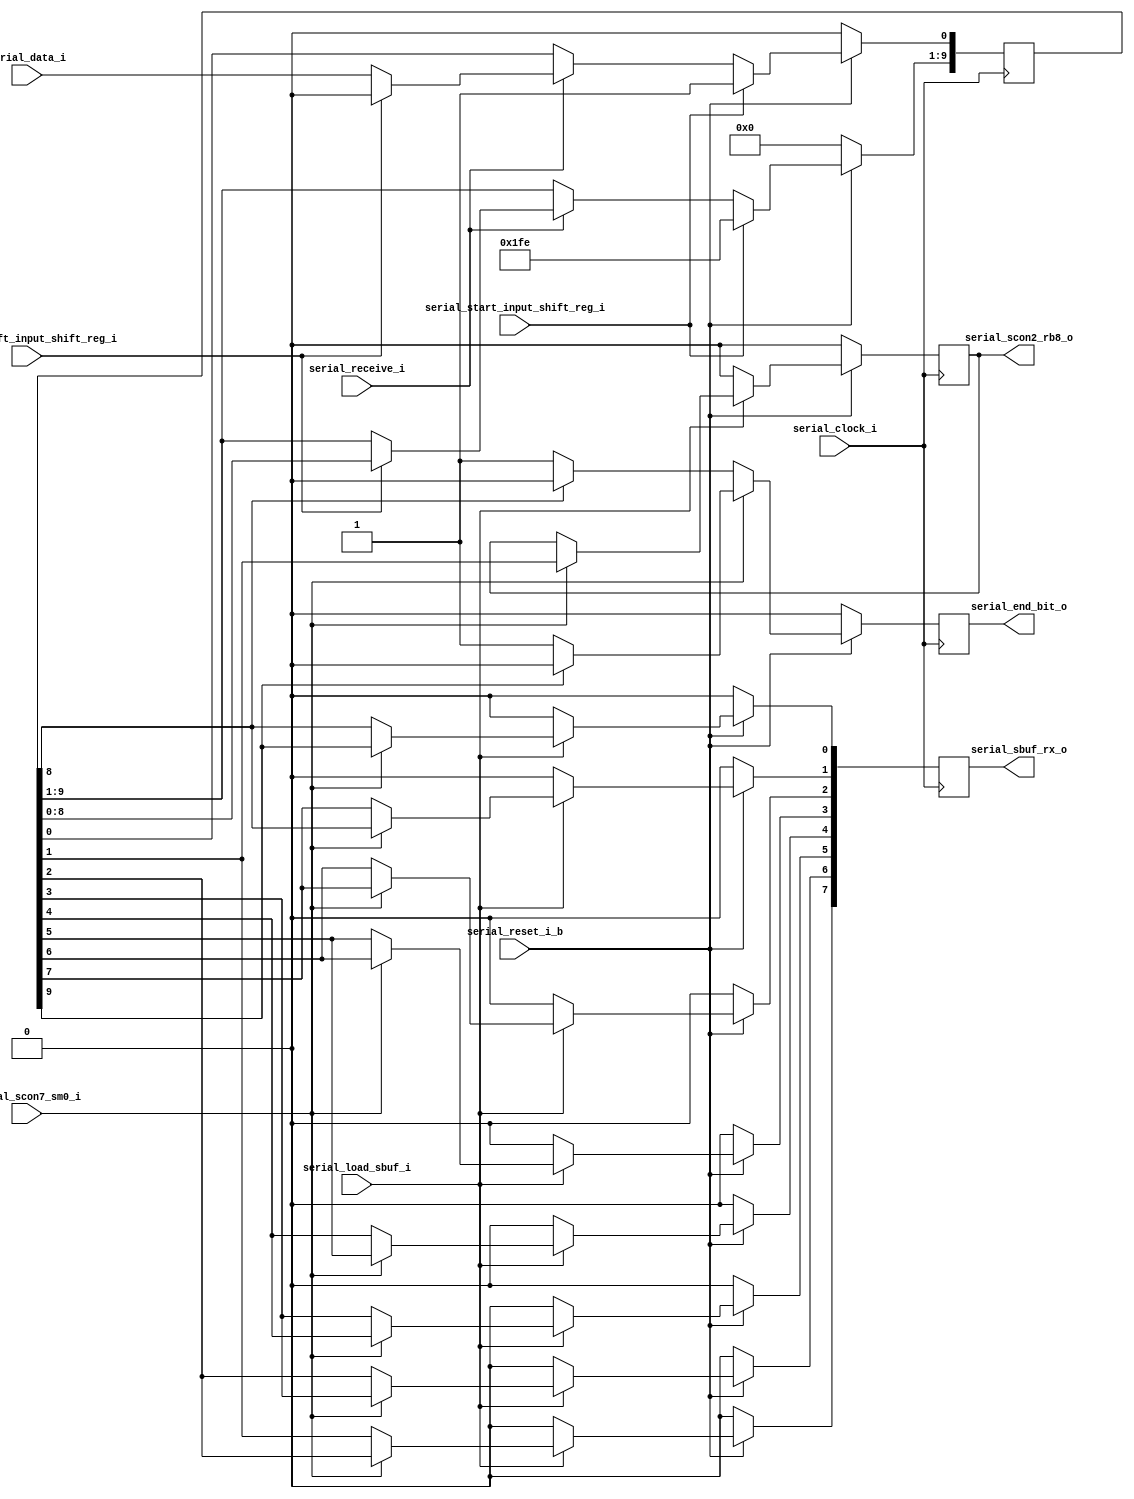
// -------------------------------------------------------------------
// CI Brasil - CT2 Campinas
// Phase II Project
// EMC08 - 8 Bit Microcontroller for Automotive Engine Application
// -------------------------------------------------------------------
// Module Name: serial
// -------------------------------------------------------------------
// Release History
// Version Date Description
// 1.0 23/08/2010 Initial version
// 2.0 08/09/2010 Bugs to generate the rigth output fixed
// 2.1 10/09/2010 Standard signals names
// 2.2 06/12/2010 Logic added to invert the bits received to be the same transmitted
// -------------------------------------------------------------------
// Description
// Implements the RX serial input shifter register that shift the re-
// ceived data and according to the baud rate shift it and store in a 
// internal register, and after writes it in the SBUF register.
// -------------------------------------------------------------------


module serial_rx_input_shifter_reg (
                                    serial_clock_i,
                                    serial_reset_i_b,
                                    serial_load_sbuf_i,
				    serial_data_i,
				    serial_scon7_sm0_i,
                                    serial_start_input_shift_reg_i,
                                    serial_shift_input_shift_reg_i,
                                    serial_receive_i,
                                    
                                    serial_sbuf_rx_o,
                                    serial_end_bit_o,
                                    serial_scon2_rb8_o
                                    ); 

////////////////////// Inputs and Outputs /////////////////////////////////////
input serial_clock_i;	              // main serial_clock_i
input serial_reset_i_b;                  // main serial_reset_i_b
input serial_load_sbuf_i;              // rx_control avisa q dado pode ser escrito no sbuf
input serial_start_input_shift_reg_i;  // sinal que starta o shifter register com 1FF or 1FE 
input serial_shift_input_shift_reg_i;  // shift para controlar o input shifter register
input serial_data_i;       		      // serial_data_i from mode0 or mode2 
input serial_receive_i;
input serial_scon7_sm0_i;


output[7:0] serial_sbuf_rx_o;               // dado a ser escrito no sbuf
output serial_end_bit_o;               // ultimo bit do registro para controle da fsm
output serial_scon2_rb8_o;			  // write the serial_receive_id TB8 in mode 2

//////////////////////// Inputs and Outputs serial_data_i types ////////////////////////
wire       serial_clock_i;
wire       serial_reset_i_b;
wire       serial_load_sbuf_i;
wire       serial_start_input_shift_reg_i;
wire       serial_shift_input_shift_reg_i;
wire       serial_scon7_sm0_i;
wire       serial_data_i;
wire       serial_receive_i;

reg[7:0]   serial_sbuf_rx_o;
reg        serial_end_bit_o;
reg        serial_scon2_rb8_o;

//////////////////////// Internal Variables ///////////////////////////////////
reg [9:0] data_received; // reg para cotrolar a chegada dos dados

//////////////////////// Code Begins  /////////////////////////////////////////

// logica para receber os dados e shiftar
always @(posedge serial_clock_i)
begin
   if (serial_reset_i_b == 1'b0)
   begin
      data_received <= 10'd0;
   end
   else
   begin
      if (serial_start_input_shift_reg_i == 1'b1)
      begin
         if (serial_scon7_sm0_i == 1'b0) // modo0, entao escreve 1FE
         begin
            data_received <= 10'b1111111101; // 1FE after the first shift 
         end
         else //entao he mode 2 ,escreve 1FF
         begin
            data_received <= 10'b1111111101; 
         end 
      end
      else
      begin
         if (serial_receive_i == 1'b1 ) // se recepcao ativa
         begin
            if (serial_shift_input_shift_reg_i == 1'b1) // se ocorreu um shift entao shifta 
            begin
               data_received <= data_received << 1'b1; 
            end
            else // entaquanto nao ocorre o shift
            begin
               data_received[0] <= serial_data_i;    
            end 
         end    
         else
         begin
            //data_received <= 9'd0;
            data_received <= data_received;
         end //else serial_shift_input_shift_reg_i  
      end
   end //else serial_reset_i_b 
end //always

always @(posedge serial_clock_i)
begin
   if (serial_reset_i_b == 1'b0)
   begin
      serial_end_bit_o <= 1'b0; 
   end
   else
   begin
      if (serial_scon7_sm0_i == 1'b0)
      begin
         if (data_received[8] == 1'b0)
         begin
            serial_end_bit_o <= 1'b1; 
         end
         else 
         begin
            serial_end_bit_o <= 1'b0; 
         end 
      end
      else
      begin
         if (data_received[9] == 1'b0)
         begin
            serial_end_bit_o <= 1'b1; 
         end
         else 
         begin
            serial_end_bit_o <= 1'b0; 
         end 
      end 
   end 
end


// logica para write_sbuf
always @(posedge serial_clock_i)
begin
   if (serial_reset_i_b == 1'b0)
   begin
      serial_sbuf_rx_o   <= 8'd0;
      serial_scon2_rb8_o <= 1'b0;  //TODO: verificar como vai ficar isso com o core 
   end
   else
   begin
      if (serial_load_sbuf_i == 1'b1) // entao ja pode escrever no sbuf
      begin
         if (serial_scon7_sm0_i == 1'b0)
         begin
            //serial_sbuf_rx_o <= data_received[8:1];
            //invert the bits
            serial_sbuf_rx_o[0]     <= data_received[8];
            serial_sbuf_rx_o[1]     <= data_received[7];
            serial_sbuf_rx_o[2]     <= data_received[6];
            serial_sbuf_rx_o[3]     <= data_received[5];
            serial_sbuf_rx_o[4]     <= data_received[4];
            serial_sbuf_rx_o[5]     <= data_received[3];
            serial_sbuf_rx_o[6]     <= data_received[2];
            serial_sbuf_rx_o[7]     <= data_received[1];
             
         end
         else
         begin //mode 2
            //serial_sbuf_rx_o     <= data_received[9:2];
            //invert the bits
            serial_sbuf_rx_o[0]     <= data_received[9];
            serial_sbuf_rx_o[1]     <= data_received[8];
            serial_sbuf_rx_o[2]     <= data_received[7];
            serial_sbuf_rx_o[3]     <= data_received[6];
            serial_sbuf_rx_o[4]     <= data_received[5];
            serial_sbuf_rx_o[5]     <= data_received[4];
            serial_sbuf_rx_o[6]     <= data_received[3];
            serial_sbuf_rx_o[7]     <= data_received[2];
            
            
            
            serial_scon2_rb8_o   <= data_received[1];
         end
      end
      else
      begin
         serial_sbuf_rx_o     <= 8'd0;
         serial_scon2_rb8_o   <= 1'b0; 
      end
   end     
    
end

endmodule